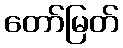
တော်မြတ်